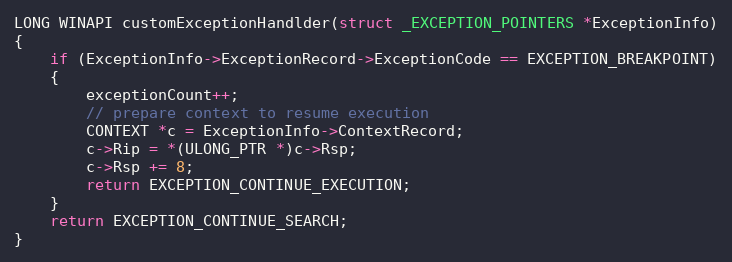
Language: C
LONG WINAPI customExceptionHandlder(struct _EXCEPTION_POINTERS *ExceptionInfo)
{
    if (ExceptionInfo->ExceptionRecord->ExceptionCode == EXCEPTION_BREAKPOINT)
    {
        exceptionCount++;
        // prepare context to resume execution
        CONTEXT *c = ExceptionInfo->ContextRecord;
        c->Rip = *(ULONG_PTR *)c->Rsp;
        c->Rsp += 8;
        return EXCEPTION_CONTINUE_EXECUTION;
    }
    return EXCEPTION_CONTINUE_SEARCH;
}